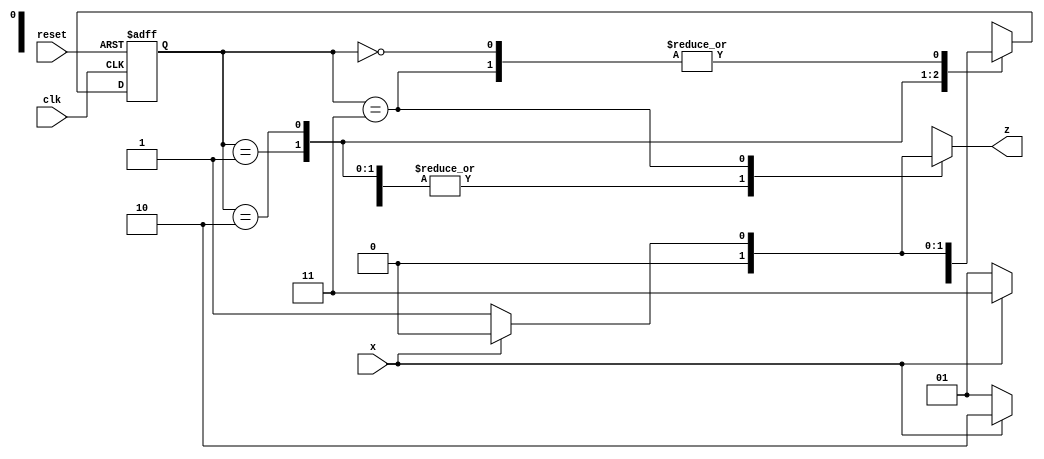
//The output becomes 1 when it detects the sequence "0110" with overlapping intervals

module seq_detector (clk , x , reset, z);
input clk, x, reset;
output reg z;
parameter s0 = 0, s1 = 1, s2 = 2, s3 = 3;
reg [1:0] PS,NS;

always @(posedge clk, posedge reset) begin
    if(reset) PS <= s0;
    else PS <= NS;
end

always @(x, PS) begin
    case (PS)
    s0 : begin NS = x ? s0 : s1; z = 0; end 
    s1 : begin NS = x ? s2 : s1; z = 0; end 
    s2 : begin NS = x ? s3 : s1; z = 0; end 
    s3 : begin NS = x ? s0 : s1; z = x ? 0 : 1; end
    endcase
end

endmodule